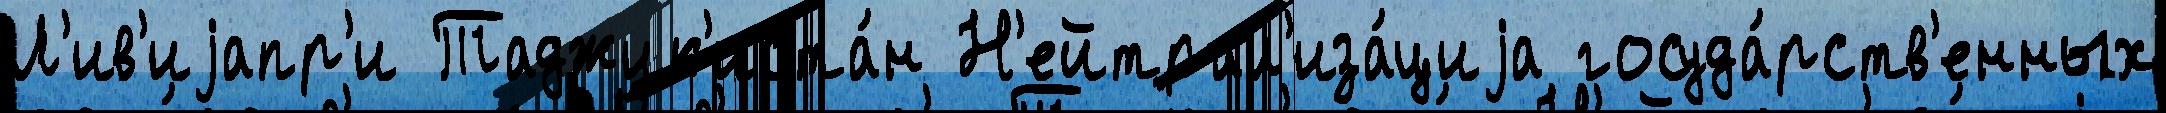
Л'ив'иjапр'и Таджик'иста́н Н'ейтрал'иза́циjа госуда́рств'енных